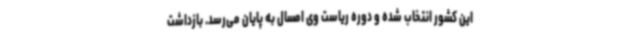
این کشور انتخاب شده و دوره ریاست وی امسال به پایان می‌رسد. بازداشت